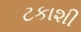
ટકાશી